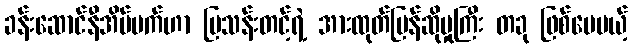
ခန်းဆောင်နီအိပ်မက်ဟာ မြသန်းတင့်ရဲ့ အားထုတ်ပြန်ဆိုမှုကြီး တခု ဖြစ်ပေမယ့်